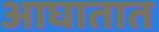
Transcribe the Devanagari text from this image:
आघातात